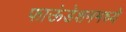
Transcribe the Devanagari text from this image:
फाऊंडेशनमध्ये